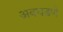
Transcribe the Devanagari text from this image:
अवघडणे